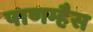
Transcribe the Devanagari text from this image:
पाणम्हैस